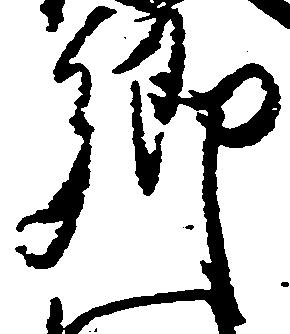
郷